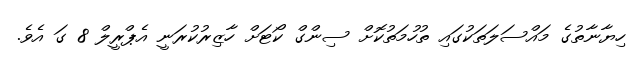
ހިޔާނާތުގެ މައްސަލަތަކުގައި ތުހުމަތުކޮށް ސިންގް ކޯޓަށް ހާޒިރުކުރަނީ އެޕްރީލް 8 ގަ އެވެ.